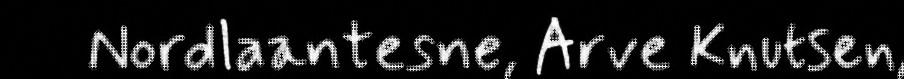
Nordlaantesne, Arve Knutsen,